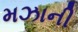
મઝાની